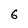
Character: 6